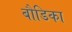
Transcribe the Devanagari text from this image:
बौडिका